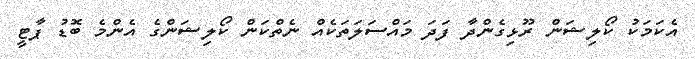
އެކަމަކު ކޯލިޝަން ރޫޅިގެންދާ ފަދަ މައްސަލަތަކެއް ނެތްކަން ކޯލިޝަންގެ އެންމެ ބޮޑު ޕާޓީ